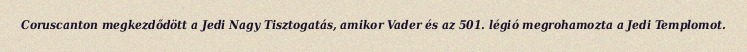
Coruscanton megkezdődött a Jedi Nagy Tisztogatás, amikor Vader és az 501. légió megrohamozta a Jedi Templomot.